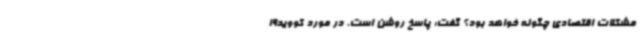
مشکلات اقتصادی چگونه خواهد بود؟ گفت: پاسخ روشن است. در مورد کووید19